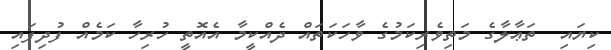
ކިޔައި  ތަޢާލާގެ މަތިވެރިކަމުގެ ވާހަކަތައް ދެއްކީީމާ އެއޮތީ ހުރިހާ ކަމެއް ފުދިފައި